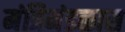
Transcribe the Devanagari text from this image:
मंत्रिमंडळास